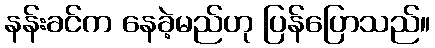
နန်းခင်က နေခဲ့မည်ဟု ပြန်ပြောသည်။